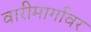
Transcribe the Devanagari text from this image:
वारीमार्गावर